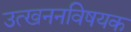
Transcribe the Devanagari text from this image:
उत्खननविषयक